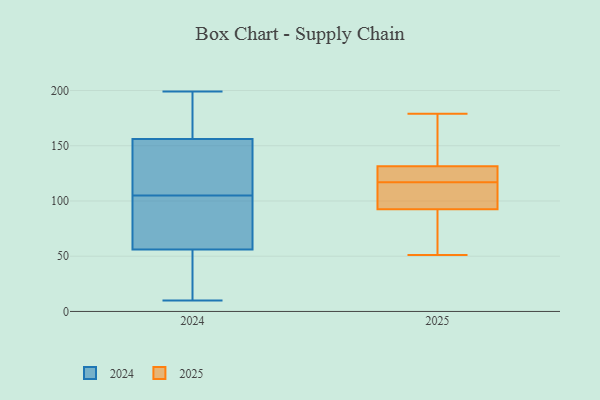
{"axis": {"x": "Active Users", "y": "Value"}, "legend": ["2024", "2025"], "data": [{"x": "", "y": 126, "type": "2025"}, {"x": "", "y": 94, "type": "2025"}, {"x": "", "y": 123, "type": "2025"}, {"x": "", "y": 100, "type": "2025"}, {"x": "", "y": 118, "type": "2025"}, {"x": "", "y": 137, "type": "2025"}, {"x": "", "y": 116, "type": "2025"}, {"x": "", "y": 91, "type": "2025"}, {"x": "", "y": 170, "type": "2025"}, {"x": "", "y": 179, "type": "2025"}, {"x": "", "y": 51, "type": "2025"}, {"x": "", "y": 54, "type": "2025"}, {"x": "", "y": 122, "type": "2024"}, {"x": "", "y": 199, "type": "2024"}, {"x": "", "y": 156, "type": "2024"}, {"x": "", "y": 56, "type": "2024"}, {"x": "", "y": 165, "type": "2024"}, {"x": "", "y": 146, "type": "2024"}, {"x": "", "y": 69, "type": "2024"}, {"x": "", "y": 88, "type": "2024"}, {"x": "", "y": 33, "type": "2024"}, {"x": "", "y": 10, "type": "2024"}]}